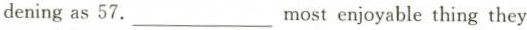
dening as 57.___most enjoyable thing they